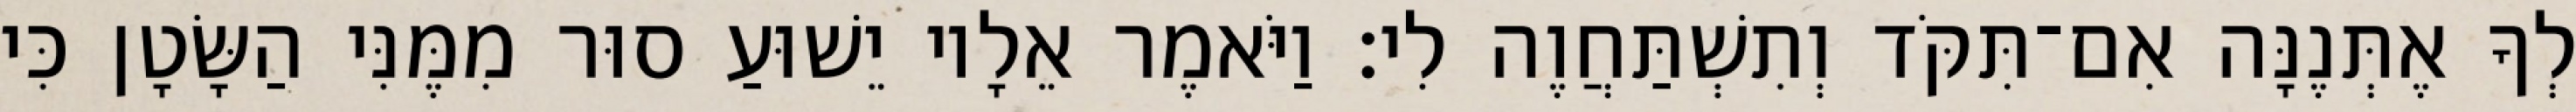
לְךָ אֶתְּנֶנָּה אִם־תִּקֹּד וְתִשְׁתַּחֲוֶה לִי׃ וַיֹּאמֶר אֵלָיו יֵשׁוּעַ סוּר מִמֶּנִּי הַשָּׂטָן כִּי